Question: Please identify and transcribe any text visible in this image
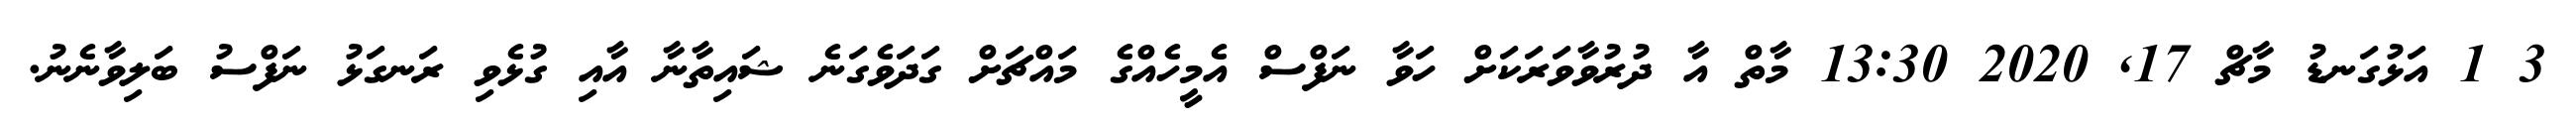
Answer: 3 1 އަޅުގަނޑު މާޗް 17, 2020 13:30 މާތް އާ ދުރުވާވަރަކަށް ހަވާ ނަފްސް އެމީހެއްގެ މައްޗަށް ގަދަވެގަނެ ޝައިތާނާ އާއި ގުޅެވި ރަނގަޅު ނަފްސު ބަލިވާނެނު.